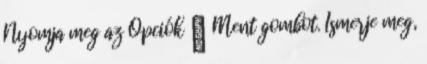
Nyomja meg az Opciók → Ment gombot. Ismerje meg,